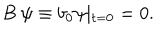
LaTeX: B \ \psi \equiv b _ { 0 } \psi \vert _ { t = 0 } = 0 .